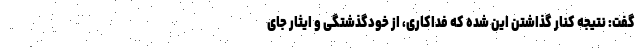
گفت: نتیجه کنار گذاشتن این شده که فداکاری، از خودگذشتگی و ایثار جای